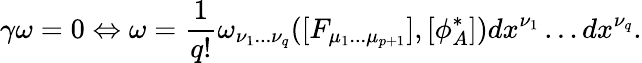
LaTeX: \gamma\omega=0\Leftrightarrow\omega=\frac{1}{q!}\omega_{\nu_{1}...\nu_{q}}([F_{\mu_{1}...\mu_{p+1}}],[\phi_{A}^{*}])dx^{\nu_{1}}\dots dx^{\nu_{q}}.